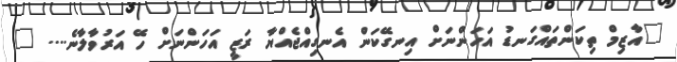
"އާޒިމް ތިކަންތައްގަނޑު އަހަންނަށް އިނގޭކަން އެނގިއްޖެއްޔާ ރަޒީ އަހަންނަށް ހޭ އަރުވާލާނެ.... "